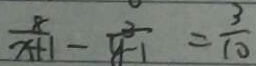
\frac { 8 } { x + 1 } - \frac { 3 } { y - 1 } = \frac { 3 } { 1 0 }